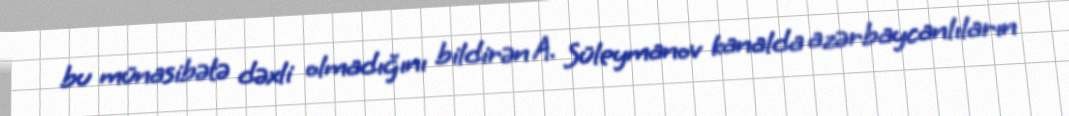
bu münasibətə dəxli olmadığını bildirən A. Süleymanov kanalda azərbaycanlıların